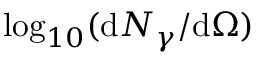
\log _ { 1 0 } ( \mathrm { d } N _ { \gamma } / \mathrm { d } \Omega )